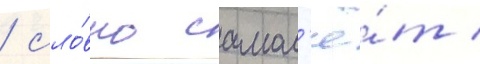
/ сло́вно самол'ё́т /